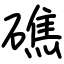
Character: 礁